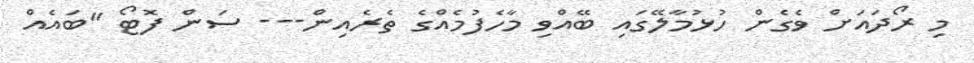
މި ރޯދައަށް ވެގެން ހުޅުމާލޭގައި ބޭއްވި މާހެފުމެއްގެ ތެރެއިން--- ސަން ފޮޓޯ "ބައެއް